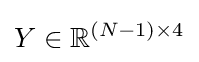
Y\in \mathbb {R} ^{(N-1)\times 4}